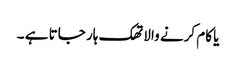
یا کام کرنے والا تھک ہار جاتا ہے ۔